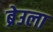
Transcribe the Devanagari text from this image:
ब्रेउला